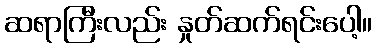
ဆရာကြီးလည်း နှုတ်ဆက်ရင်းပေါ့။